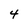
Character: 4